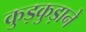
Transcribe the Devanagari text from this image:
कुड़कुड़ाने